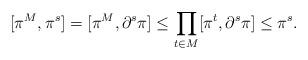
LaTeX: \begin{align*}[\pi^M,\pi^s] & = [\pi^M,\partial^s \pi] \leq \prod_{t\in M} [\pi^t,\partial^s \pi]\leq \pi^s.\end{align*}